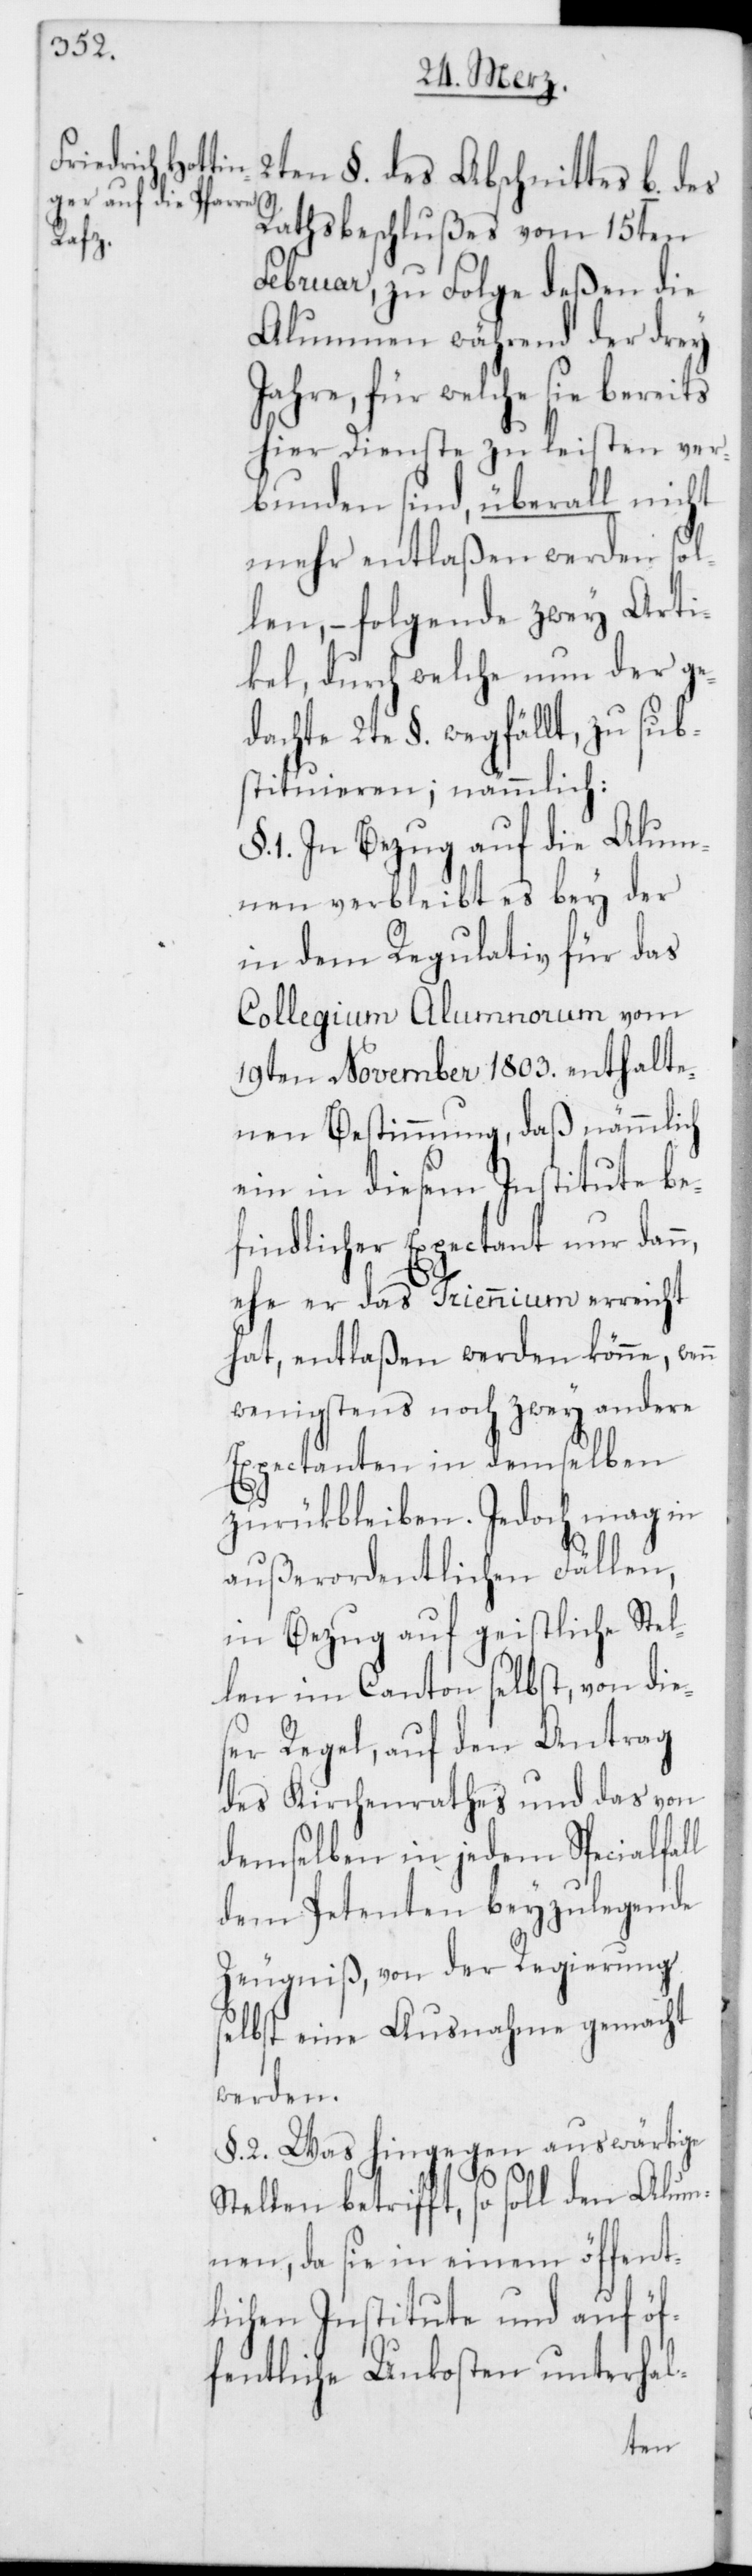
Rathsbeschlußes vom 15ten
Februar, zu Folge deßen die
Alumnen während der drey
Jahre, für welche sie bereits
hier Dienste zu leisten ver¬
bunden sind, überall nicht
mehr entlaßen werden sol¬
len, – folgende zwey Arti¬
kel, durch welche nun der ge¬
dachte 2te §. wegfällt, zu sub¬
stituieren; nämmlich:
§. 1. In Bezug auf die Alum¬
nen verbleibt es bey der
in dem Regulativ für das
Collegium Alumnorum vom
19ten November 1803. enthalte¬
nen Bestimmung, daß nämmlich
ein in diesem Institute be¬
findlicher Expectant nur dann,
ehe er das Triennium erreicht
hat, entlaßen werden könne, wenn
wenigstens noch zwey andere
Expectanten in demselben
zurükbleiben. Jedoch mag in
außerordentlichen Fällen,
in Bezug auf geistliche Stel¬
len im Canton selbst, von die¬
ser Regel auf den Antrag
des Kirchenrathes und das von
demselben in jedem Specialfall
dem Petenten beyzulegende
Zeugniß, von der Regierung
selbst eine Ausnahme gemacht
werden.
§. 2. Was hingegen auswärtige
Stellen betrifft, so soll den Alu¬
mnen, da sie in einem öffent¬
lichen Institute und auf öf¬
fentliche Unkosten unterhal-
2ten